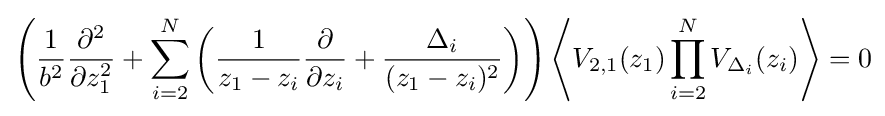
\left({\frac {1}{b^{2}}}{\frac {\partial ^{2}}{\partial z_{1}^{2}}}+\sum _{i=2}^{N}\left({\frac {1}{z_{1}-z_{i}}}{\frac {\partial }{\partial z_{i}}}+{\frac {\Delta _{i}}{(z_{1}-z_{i})^{2}}}\right)\right)\left\langle V_{2,1}(z_{1})\prod _{i=2}^{N}V_{\Delta _{i}}(z_{i})\right\rangle =0